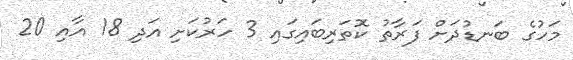
މަހުގެ ބަނޑުދަށް ފަރާތު ކޮތަރިބައިގައި 3 ހަރުކަށި އަދި 18 އާއި 20